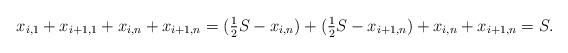
LaTeX: \begin{align*} x_{i,1} + x_{i+1,1} + x_{i,n} + x_{i+1,n} = (\tfrac{1}{2} S - x_{i,n}) + (\tfrac{1}{2} S - x_{i+1,n}) + x_{i,n} + x_{i+1,n} =S.\end{align*}